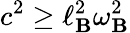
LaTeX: c^{2}\geq\ell_{\mathbf{B}}^{2}\omega_{\mathbf{B}}^{2}